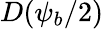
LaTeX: D(\psi_{b}/2)